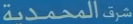
المحمدية